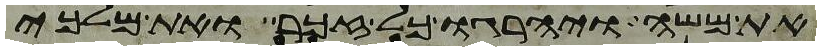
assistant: את משה ויהרגו כל זכר ואת מלכי